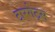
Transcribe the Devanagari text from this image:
टारगेट्स